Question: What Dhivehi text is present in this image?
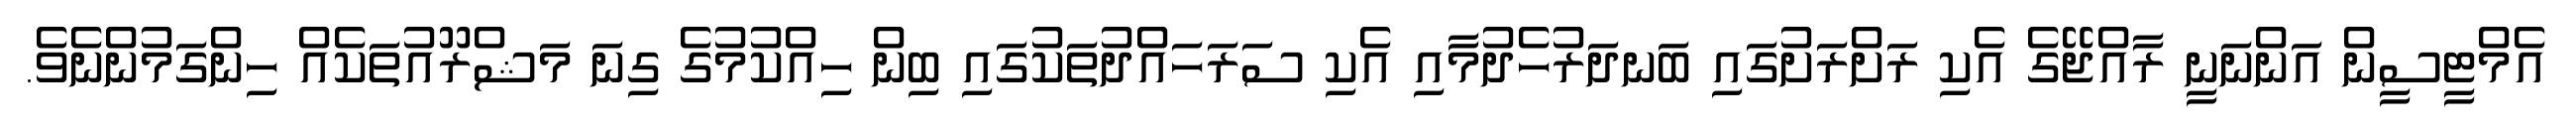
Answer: އެމްޓީސީން އަންނަނީ ރާއްޖޭގެ އެކި ރަށްރަށުގައި ބަނދަރުހެދުމާއި އެކި ސަރަހައްދުތަކުގައި ބިން ހިއްކުމުގެ ގިނަ މަޝްރޫއުތަކެއް ހިންގަމުންނެވެ.